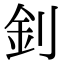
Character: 釗